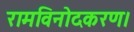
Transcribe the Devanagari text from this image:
रामविनोदकरण।